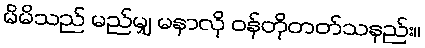
မိမိသည် မည်မျှ မနာလို ဝန်တိုတတ်သနည်း။